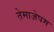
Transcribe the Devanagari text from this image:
तेमाज़ेपम